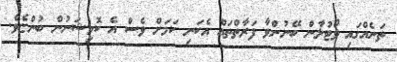
ތަނެއްގައި ވޯޓުލާން ބޭނުންވާ ފަރާތްތައް އެކަނި ކަމަށް ވެސް އެ ކޮމިޝަނުން ބުންޏެވެ.